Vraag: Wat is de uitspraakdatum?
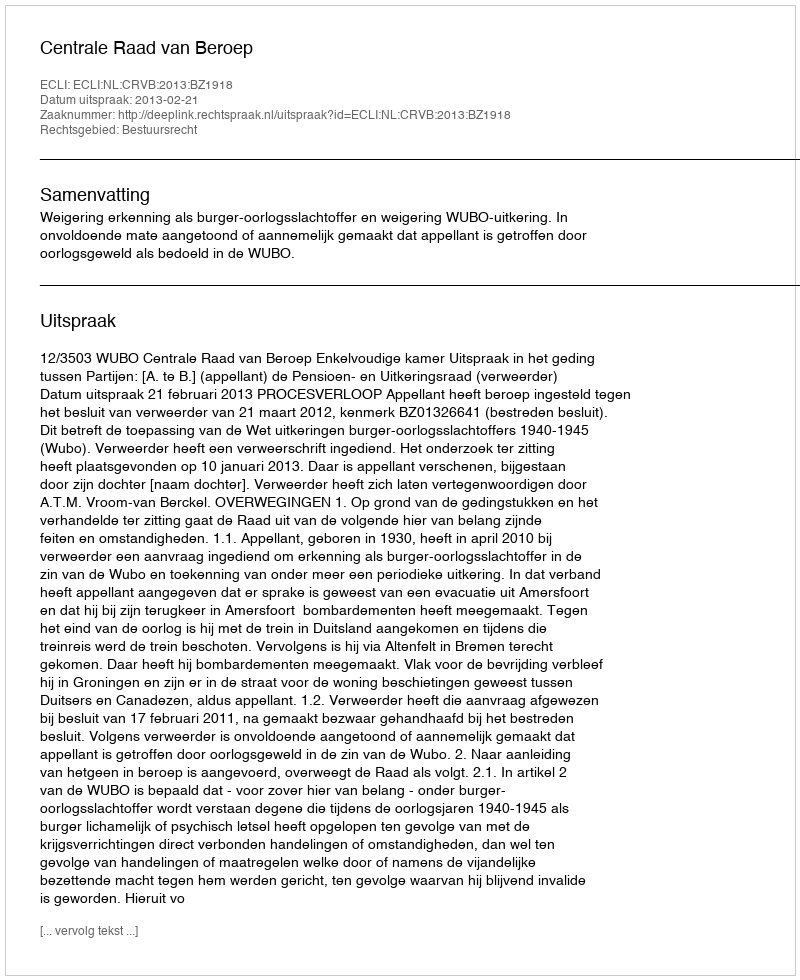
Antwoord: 2013-02-21